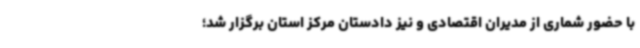
با حضور شماری از مدیران اقتصادی و نیز دادستان مرکز استان برگزار شد؛